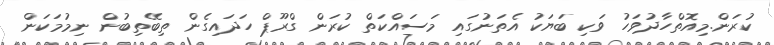
ކުރަން.މިއޮތްހާދުވަހު ވަކި ބަޔަކު އެތަނުގައި މަސައްކަތް ކުރަން ގްރޫޕް ހަދައިގެން ތިބޭތިބުން ނިމުމަކަން